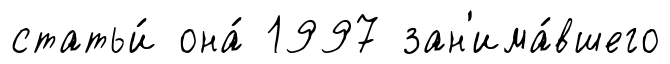
статьи́ она́ 1997 зан'има́вшего